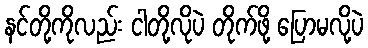
နင်တို့ကိုလည်း ငါတို့လိုပဲ တိုက်ဖို့ ပြောမလို့ပဲ